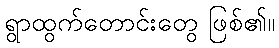
ရွာထွက်တောင်းတွေ ဖြစ်၏။